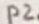
Text: P2